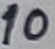
Text: 10